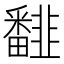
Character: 𩐏